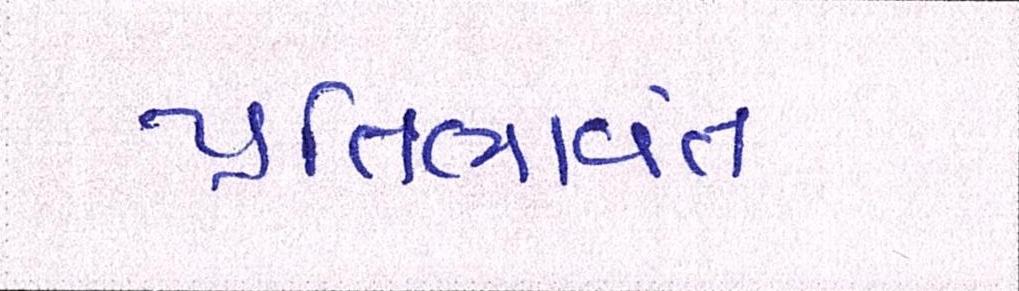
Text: પ્રતિભાવંત